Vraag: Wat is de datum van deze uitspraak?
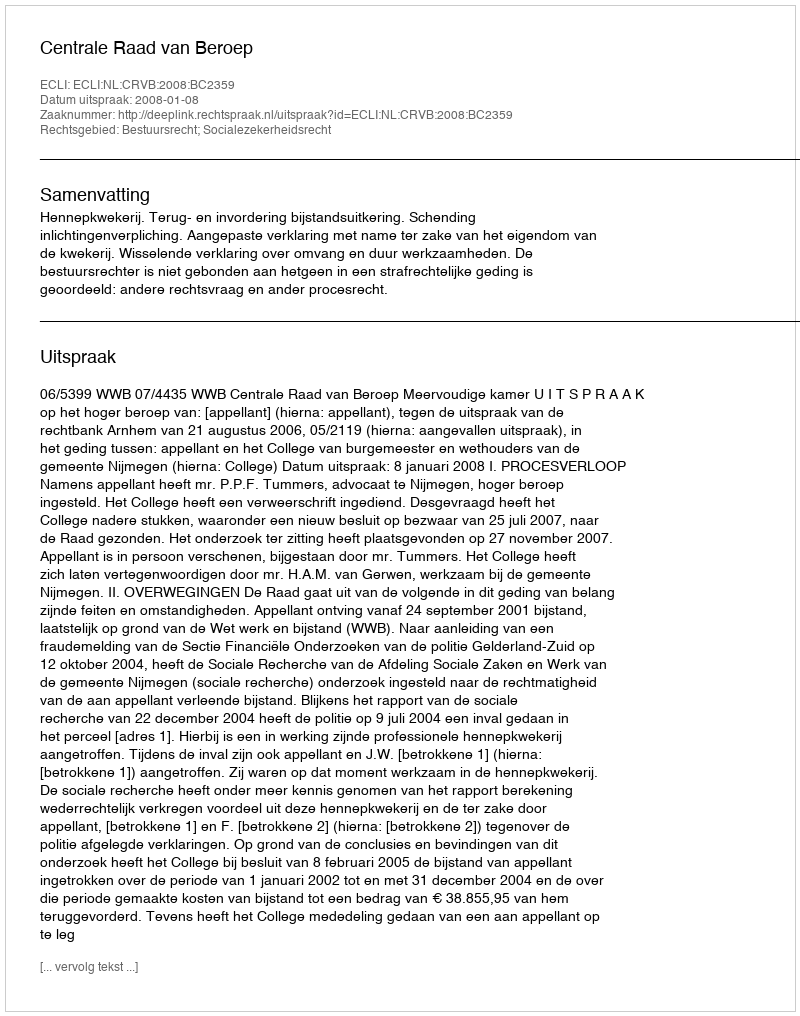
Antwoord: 2008-01-08